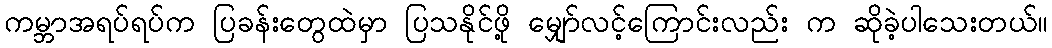
ကမ္ဘာအရပ်ရပ်က ပြခန်းတွေထဲမှာ ပြသနိုင်ဖို့ မျှော်လင့်ကြောင်းလည်း က ဆိုခဲ့ပါသေးတယ်။